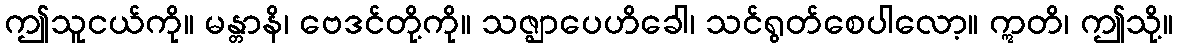
ဤသူငယ်ကို။ မန္တာနိ၊ ဗေဒင်တို့ကို။ သဇ္ဈာပေဟိခေါ၊ သင်ရွတ်စေပါလော့။ ဣတိ၊ ဤသို့။